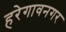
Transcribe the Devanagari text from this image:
हरेगावनगर